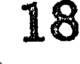
18